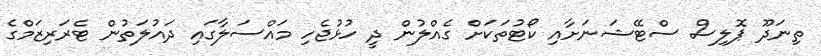
ތިނަދޫ ޕޮލިސް ސްޓޭޝަނަށާއި ކޯޓުތަކަށް ގެއްލުން ދީ ހުޅުޖެހި މަައްސަލާގައި ދައުލަތުން ޓެރަރިޒަމްގެ